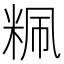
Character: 䊃